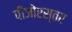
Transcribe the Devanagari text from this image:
पींजोरस्तर